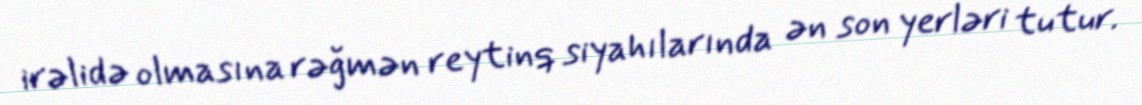
irəlidə olmasına rəğmən reytinq siyahılarında ən son yerləri tutur.